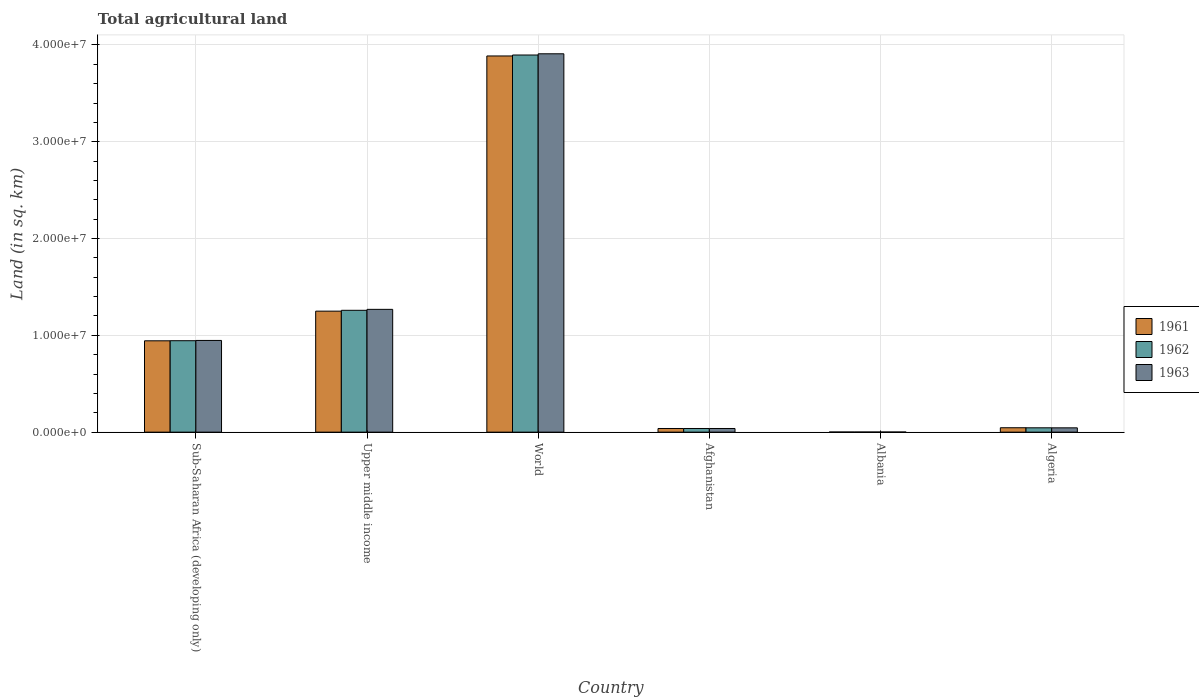
| Country | 1961 | 1962 | 1963 |
 | --- | --- | --- | --- |
 | Sub-Saharan Africa (developing only) | 9.44e+06 | 9.44e+06 | 9.47e+06 |
 | Upper middle income | 1.25e+07 | 1.26e+07 | 1.27e+07 |
 | World | 3.89e+07 | 3.9e+07 | 3.91e+07 |
 | Afghanistan | 3.77e+05 | 3.78e+05 | 3.78e+05 |
 | Albania | 1.23e+04 | 1.23e+04 | 1.23e+04 |
 | Algeria | 4.55e+05 | 4.49e+05 | 4.45e+05 |